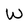
Character: W